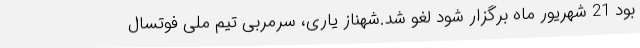
بود 21 شهریور ماه برگزار شود لغو شد.شهناز یاری، سرمربی تیم ملی فوتسال